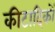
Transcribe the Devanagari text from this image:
कीटादिकों